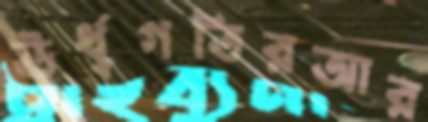
ঊর্ধ্বগতিরআর